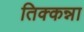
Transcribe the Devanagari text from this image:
तिक्कन्ना